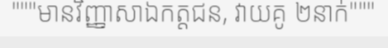
"""មានវិញ្ញាសាឯកត្តជន, វាយគូ ២នាក់"""